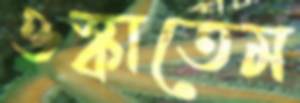
ওস্‌কাতেম